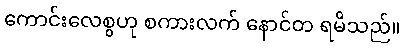
ကောင်းလေစွဟု စကားလက် နောင်တ ရမိသည်။